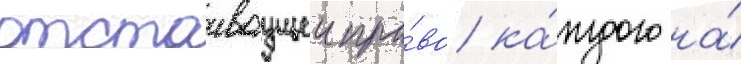
отстаиваущеи пра́во ка́ждого на́